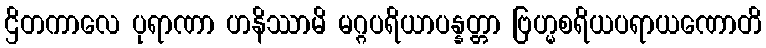
ဌိတကာလေ ပုရာဏာ ဟနိဿာမိ မဂ္ဂပရိယာပန္နတ္တာ ဗြဟ္မစရိယပရာယဏောတိ